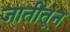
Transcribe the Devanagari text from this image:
जातींतून